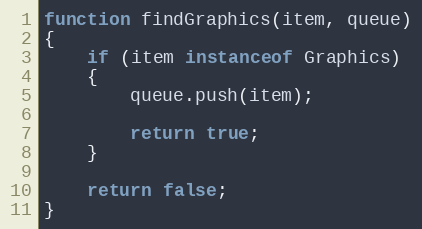
Language: JavaScript
function findGraphics(item, queue)
{
    if (item instanceof Graphics)
    {
        queue.push(item);

        return true;
    }

    return false;
}